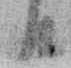
日